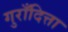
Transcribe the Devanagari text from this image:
गुराँदित्ता